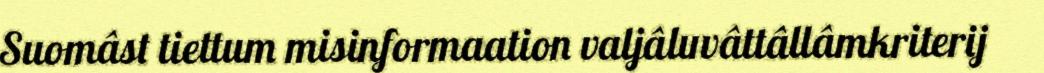
Suomâst tiettum misinformaation valjâluvâttâllâmkriterij